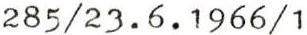
285/23.6.1966/1